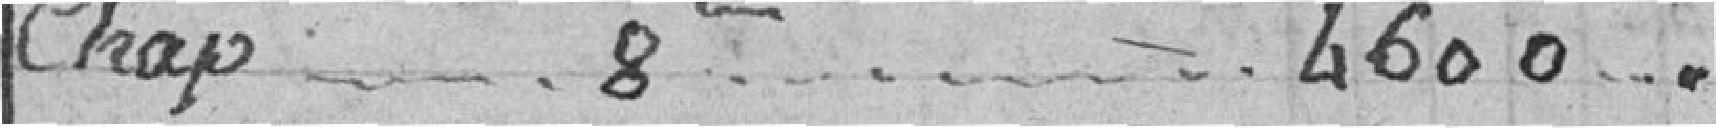
Chap. 8ème.... 4600